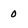
Character: 0